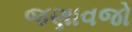
જણાવજો